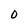
Character: 0